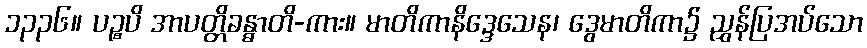
၁၃၃၆။ ပဉ္စပိ အာပတ္တိခန္ဓာတိ-ကား။ မာတိကာနိဒ္ဒေသေန၊ ဒွေမာတိကာ၌ ညွှန်ပြအပ်သော